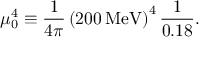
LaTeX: \mu _ { 0 } ^ { 4 } \equiv { \frac { 1 } { 4 \pi } } \left( 2 0 0 \, \mathrm { M e V } \right) ^ { 4 } { \frac { 1 } { 0 . 1 8 } } .